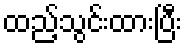
ထည့်သွင်းထားပြီး